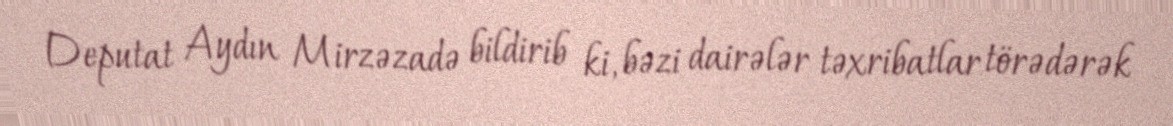
Deputat Aydın Mirzəzadə bildirib ki, bəzi dairələr təxribatlar törədərək